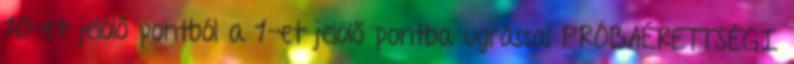
10-et jelölő pontból a 1-et jelölő pontba ugrással PRÓBAÉRETTSÉGI